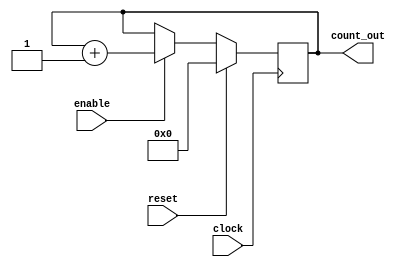
module syncounter(clock,reset,enable,count_out);
input clock,reset,enable;
output [3:0] count_out;

wire clock,reset,enable;
reg[3:0] count_out;

always@(posedge clock)begin
if(reset==1'b1) begin
count_out<= #1 4'b0000;
end

else if(enable==1'b1)begin
count_out<=#1 count_out+1'b1;
end 
end 
endmodule